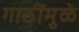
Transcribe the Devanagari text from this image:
गाठींमुळे